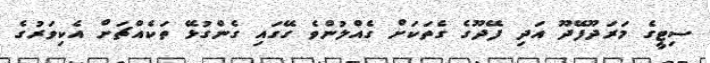
ސިޓީގެ މަރަދޫފޭދޫ އަދި ފޭދޫގެ ގެތަކަށް ގެއްލުންވެ ގޭގައި ގެންގުޅޭ ތަކެއްޗަށް އެކިވަރުގެ